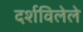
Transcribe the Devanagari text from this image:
दर्शविलेले